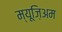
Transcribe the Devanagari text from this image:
म्यूज़िअम